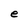
Character: e